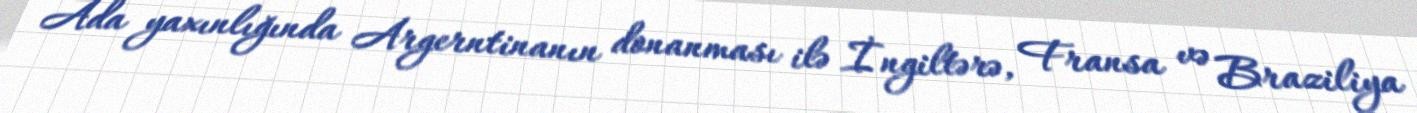
Ada yaxınlığında Argerntinanın donanması ilə İngiltərə, Fransa və Braziliya